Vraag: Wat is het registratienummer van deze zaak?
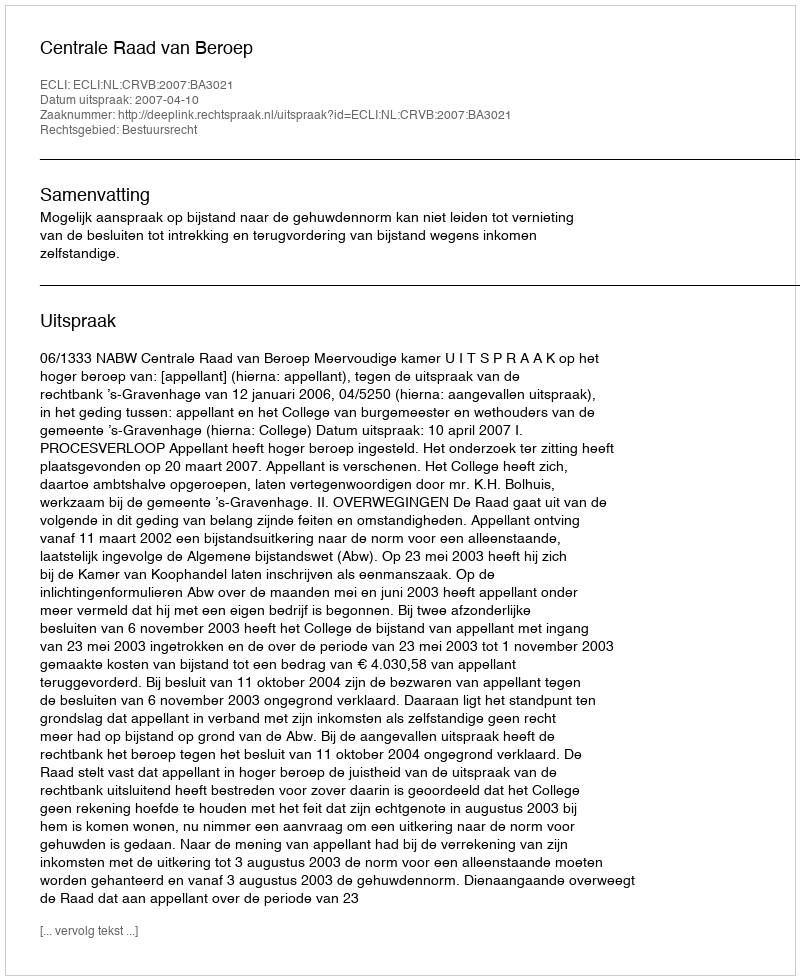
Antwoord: http://deeplink.rechtspraak.nl/uitspraak?id=ECLI:NL:CRVB:2007:BA3021